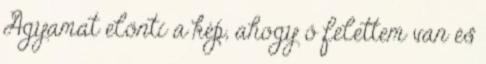
Agyamat elönti a kép, ahogy ő felettem van és